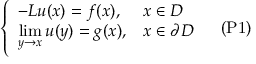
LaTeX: { \left\{ \begin{array} { l l } { - L u ( x ) = f ( x ) , } & { x \in D } \\ { \displaystyle { \operatorname* { l i m } _ { y \to x } u ( y ) } = g ( x ) , } & { x \in \partial D } \end{array} \right. } \quad { \mathrm { ( P 1 ) } }